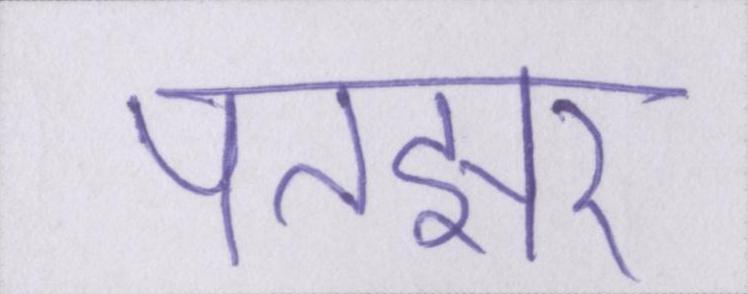
पतझर